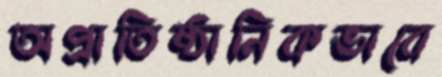
অপ্রাতিষ্ঠানিকভাবে